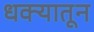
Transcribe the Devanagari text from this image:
धक्यातून